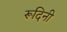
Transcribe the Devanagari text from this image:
रूदिनी